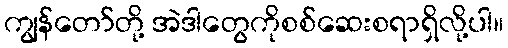
ကျွန်တော်တို့ အဲဒါတွေကိုစစ်ဆေးစရာရှိလို့ပါ။